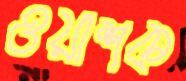
ওয়াশক